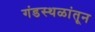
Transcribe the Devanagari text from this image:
गंडस्थळांतून